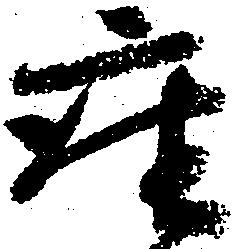
座